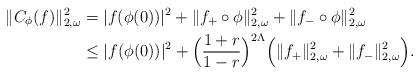
LaTeX: \begin{align*}\|C_\phi(f)\|_{2,\omega}^2 &= |f(\phi(0))|^2 + \|f_+\circ\phi\|_{2,\omega}^2 + \|f_-\circ\phi\|_{2,\omega}^2\\& \le |f(\phi(0))|^2 + \Big(\frac{1+r}{1-r}\Big)^{2\Lambda} \Big( \|f_+\|_{2,\omega}^2+\|f_-\|_{2,\omega}^2\Big).\end{align*}